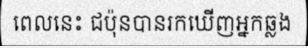
ពេលនេះ ជប៉ុនបានរកឃើញអ្នកឆ្លង